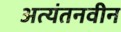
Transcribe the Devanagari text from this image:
अत्यंतनवीन